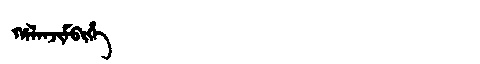
Manchu: ᡥᠠᠯᠠᠨᠵᡳᠮᠪᡳᡥᡝ
Romanization: HALANJIMBIHE